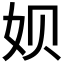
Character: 𫝦